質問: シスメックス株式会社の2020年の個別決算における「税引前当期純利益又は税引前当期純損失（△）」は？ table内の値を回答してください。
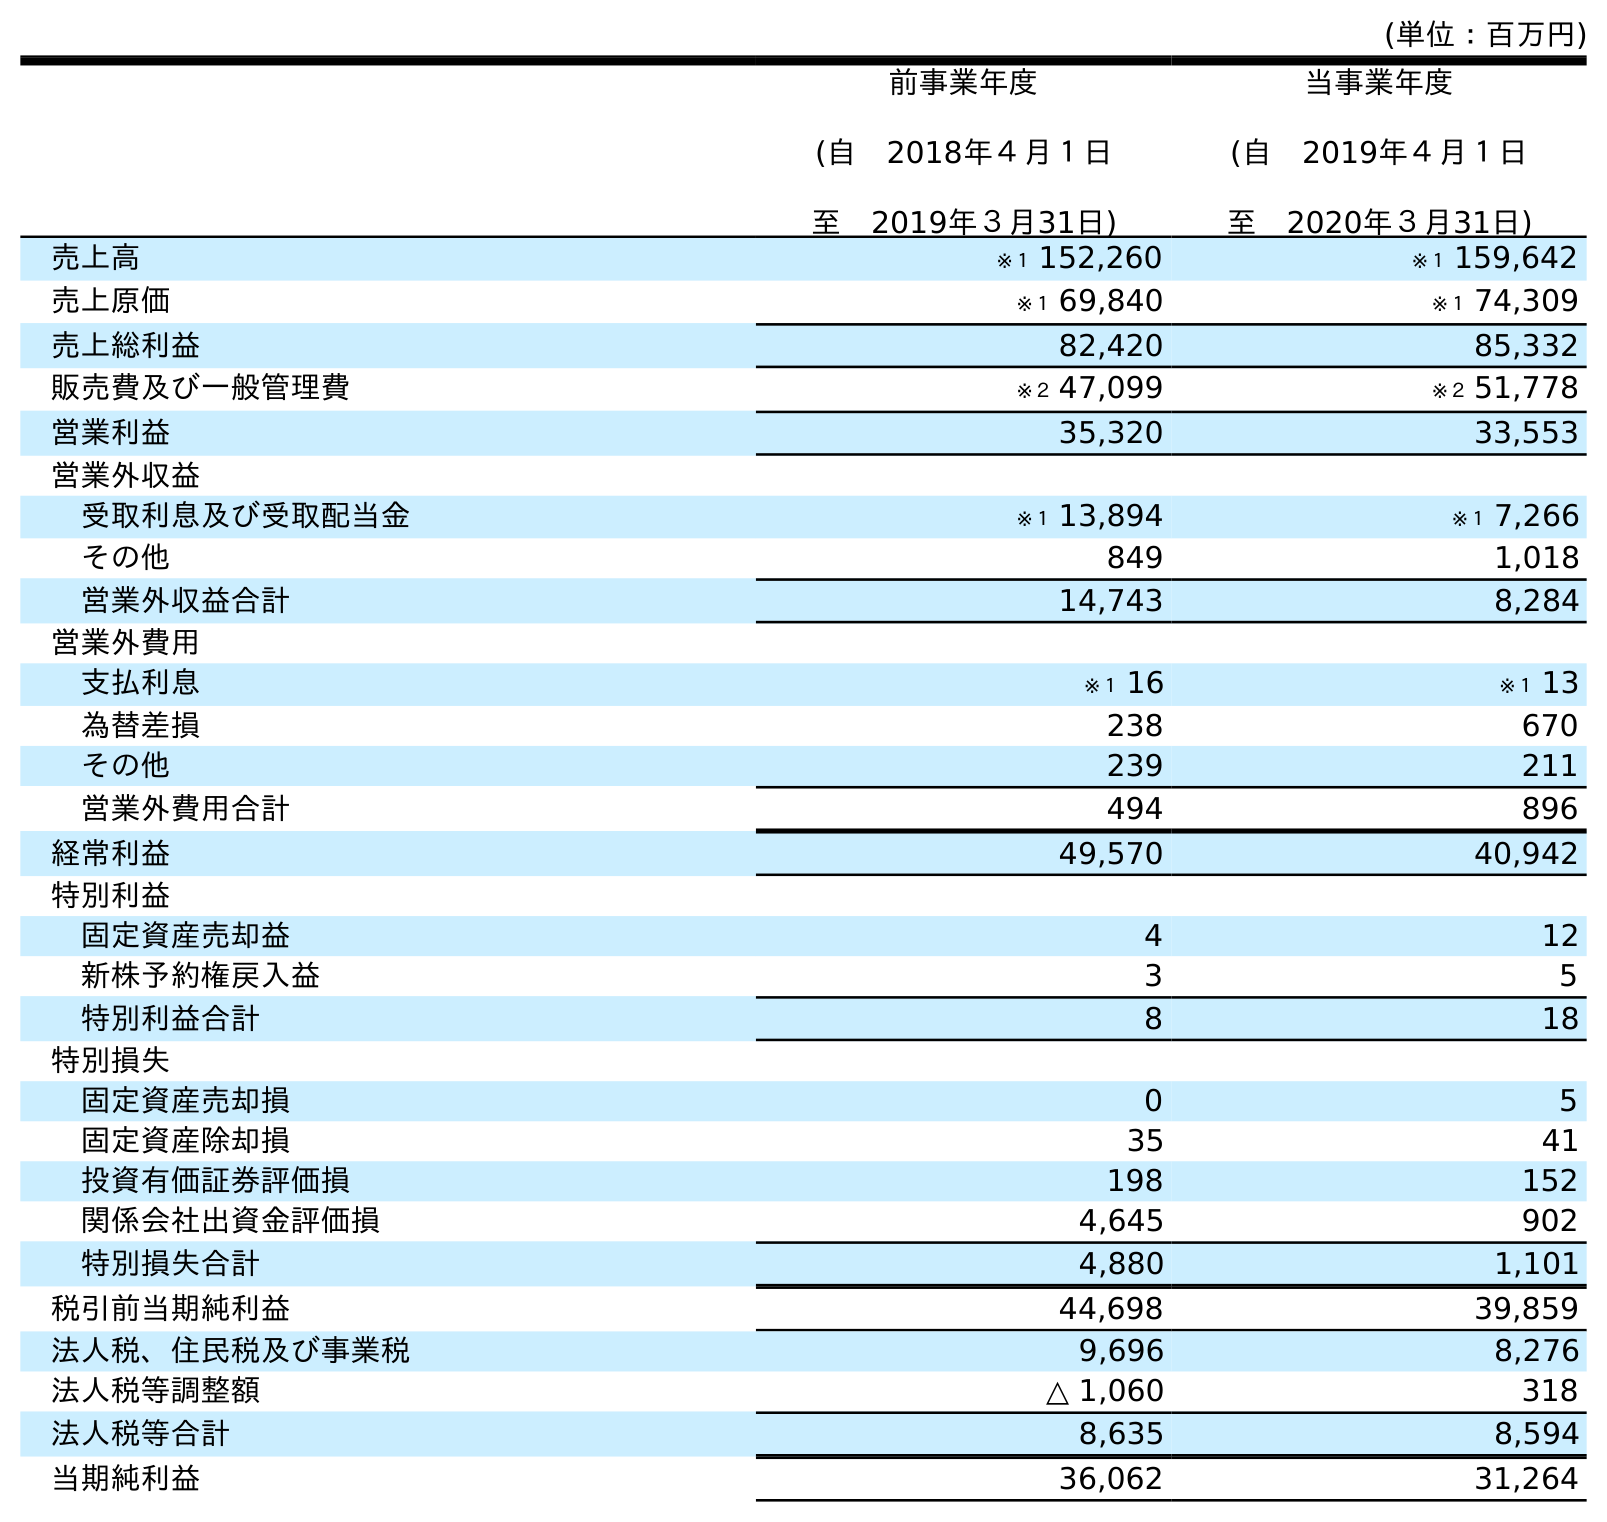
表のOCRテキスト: (単位：百万円) 前事業年度 (自 2018年４月１日 至 2019年３月31日) 当事業年度 (自 2019年４月１日 至 2020年３月31日) 売上高 ※１ 152,260 ※１ 159,642 売上原価 ※１ 69,840 ※１ 74,309 売上総利益 82,420 85,332 販売費及び一般管理費 ※２ 47,099 ※２ 51,778 営業利益 35,320 33,553 営業外収益 受取利息及び受取配当金 ※１ 13,894 ※１ 7,266 その他 849 1,018 営業外収益合計 14,743 8,284 営業外費用 支払利息 ※１ 16 ※１ 13 為替差損 238 670 その他 239 211 営業外費用合計 494 896 経常利益 49,570 40,942 特別利益 固定資産売却益 4 12 新株予約権戻入益 3 5 特別利益合計 8 18 特別損失 固定資産売却損 0 5 固定資産除却損 35 41 投資有価証券評価損 198 152 関係会社出資金評価損 4,645 902 特別損失合計 4,880 1,101 税引前当期純利益 44,698 39,859 法人税、住民税及び事業税 9,696 8,276 法人税等調整額 △ 1,060 318 法人税等合計 8,635 8,594 当期純利益 36,062 31,264
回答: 39,859